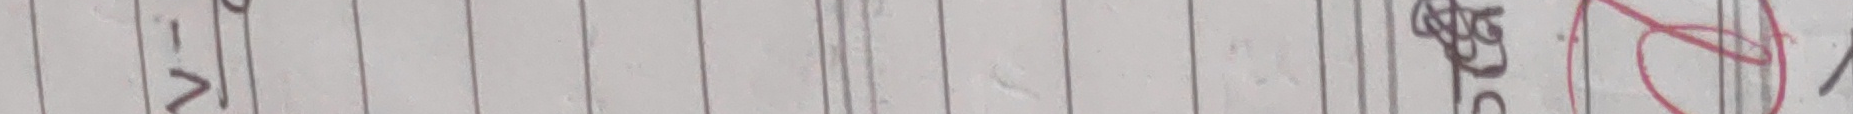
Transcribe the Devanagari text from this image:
१>